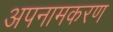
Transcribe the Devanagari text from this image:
अपनामकरण